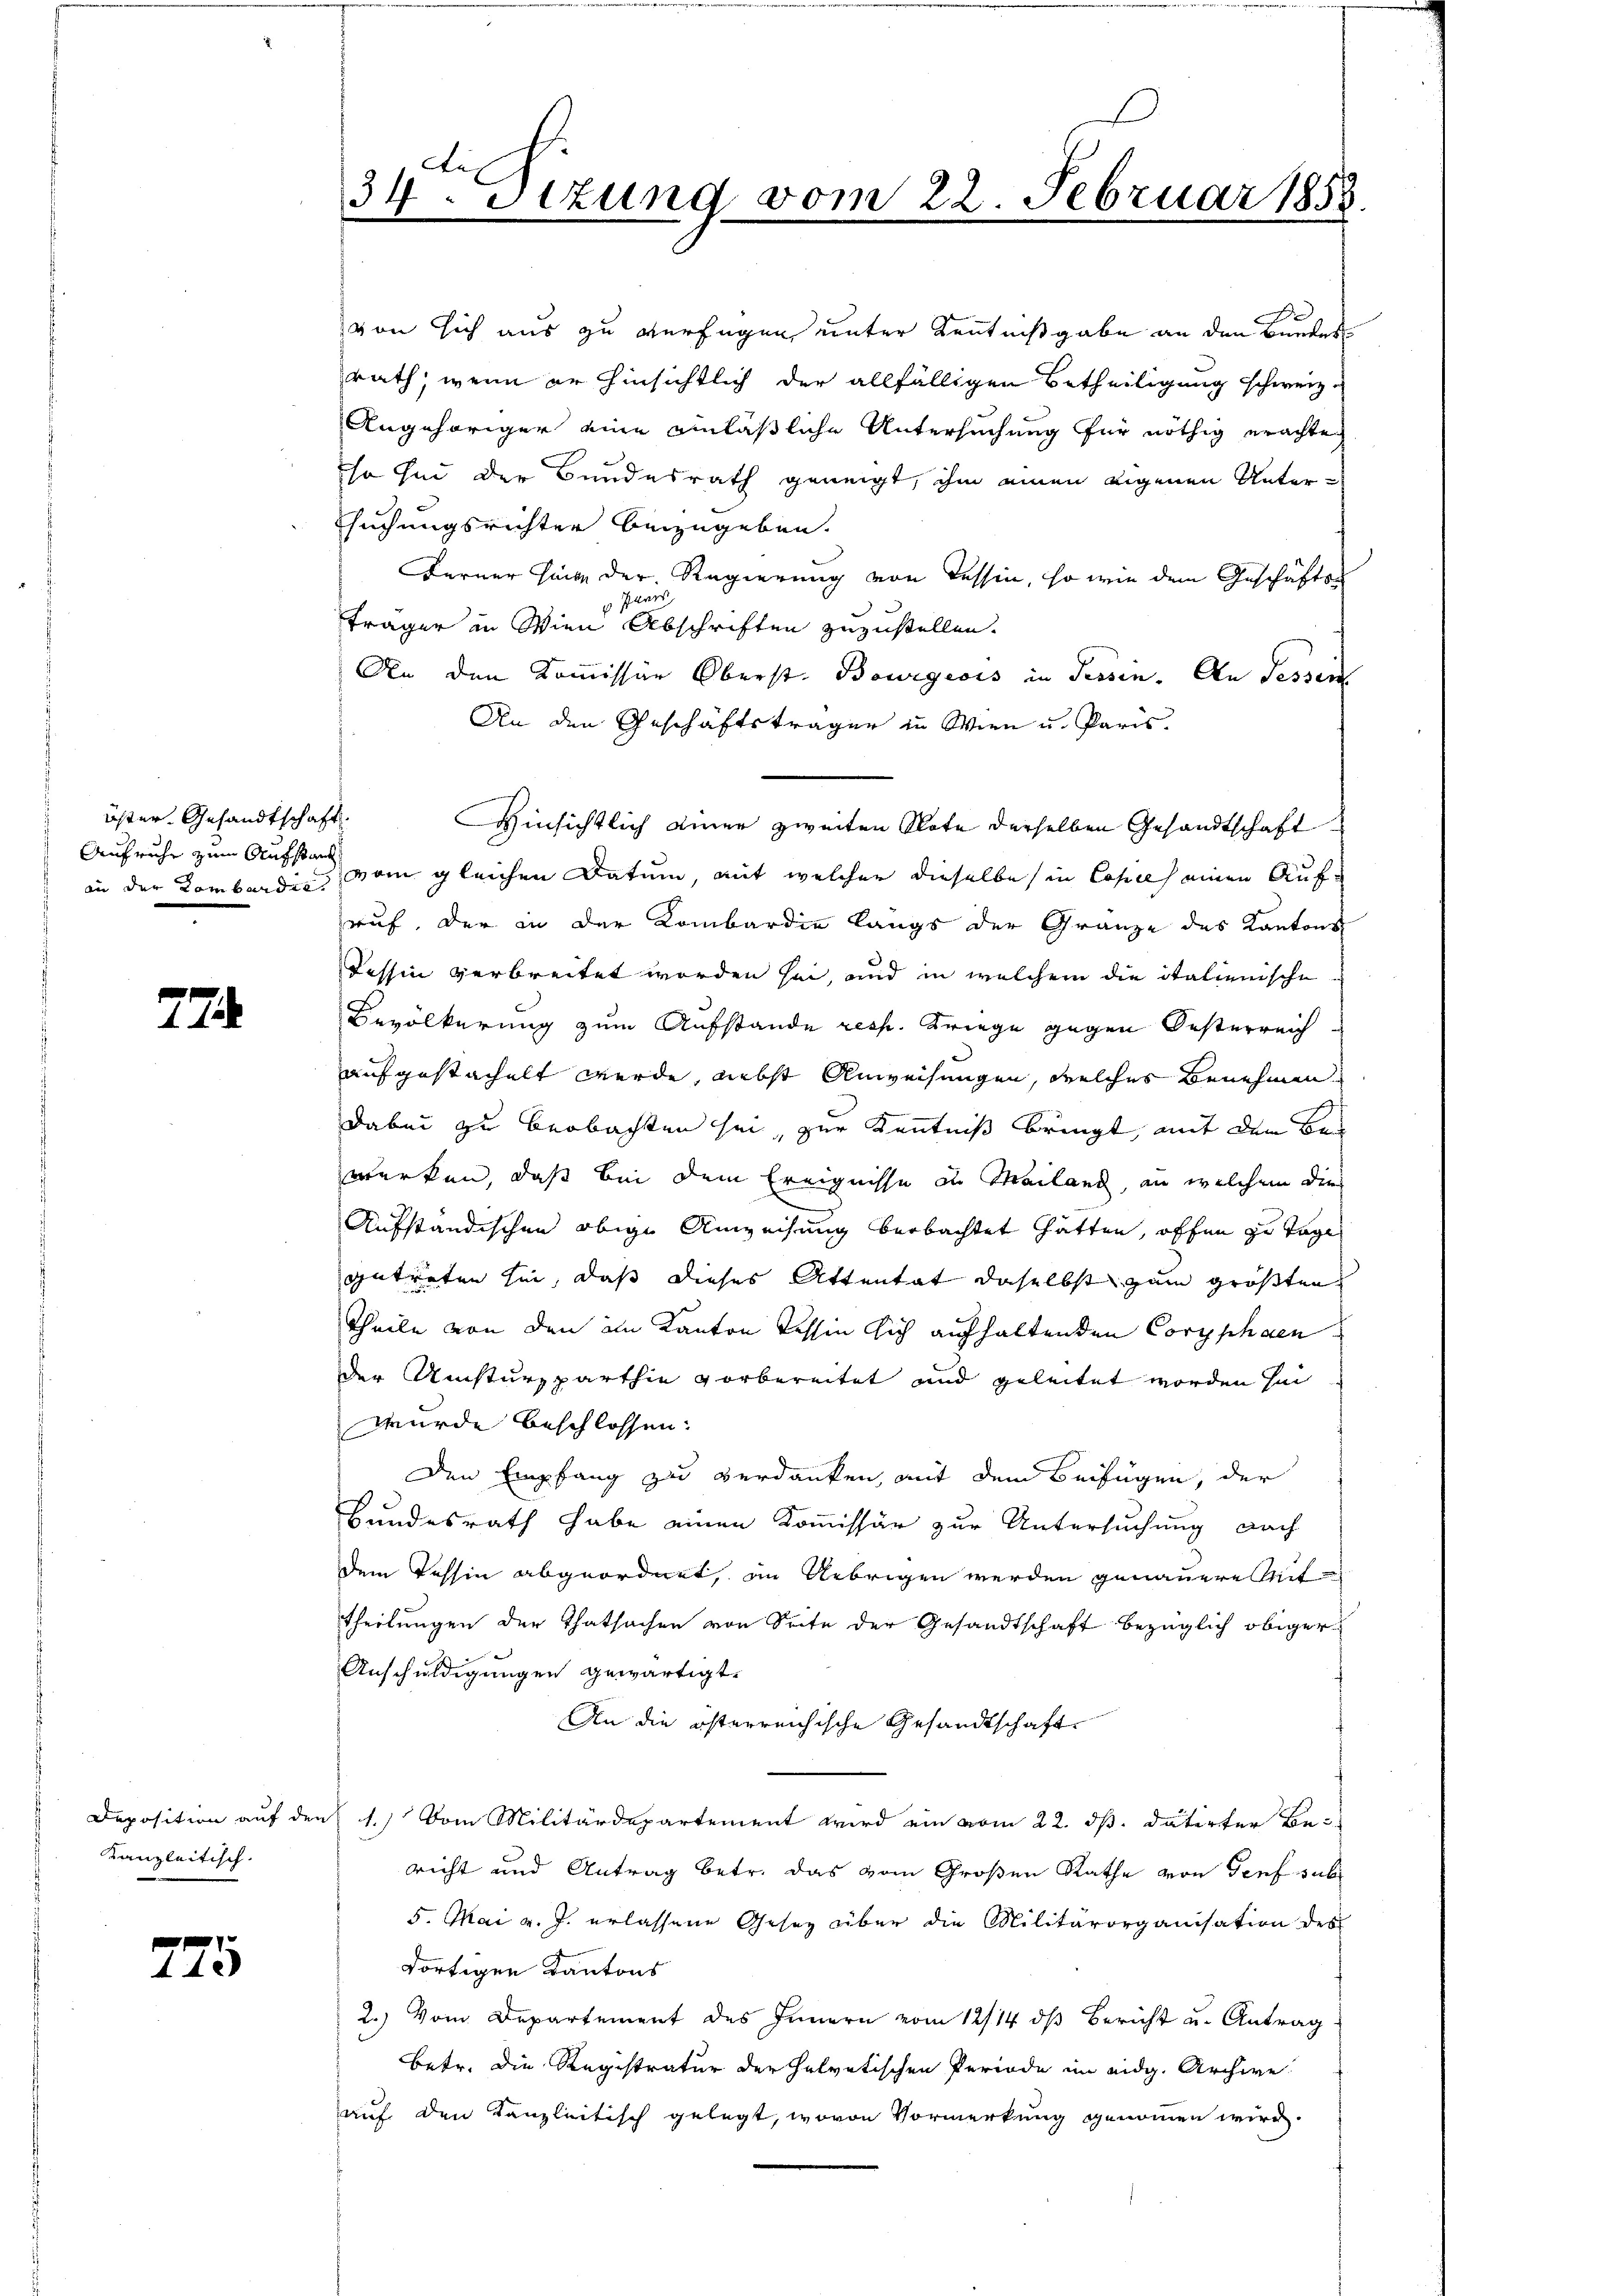
öster Gesandtschaft.
Aufruhe zum Aufstand
an der Lombardin

774

von sich aus zu verfügen unter Kenntnißgabe an den Bundes
rath, wenn er hinsichtlich der allfälligen Betheiligung schweiz
Angehöriger eine einläßliche Untersuchung für nöthig erachte
so sei der Bundesrath geneigt, ihm einen eigenen Unter¬
Esuchungsrichter beizugeben.
Ferner Hang der Regierung von Tessin, so wie dem Geschäfts¬
Paars
träger in Wien Abschriften zuzustellen.
An den Kommissär Oberst. Bourgeois in Tessen. An Fessen
An den Geschäftsträgen in Wien u. Paris.
Hinsichtlich einer zweiten Note derselben Gesandtschaft
vom gleichen Datum, mit welcher dieselbe in Copie einen Aufauf, der in der Kombardie langs der Gränze des Kantons
Tessin verbreitet worden sei, und in welchem die italienische
Bevölkerung zum Aufstande resp. Kriege gegen Oesterreich
aufgestachelt werde, nebst Anweisungen, welches Benehmen
Dabei zu beobachten sei, zur Kenntniß bringt, mit dem Bes
werken, daß bei dem Ereignisse die Mailand, an welchem dies
Aufständischen obige Anweisung beobachtet hätten, offen zu Tage
getreten sin, daß dieses Attentat daselbst zum größten
Theile von den im Kanton Tessin sich aufhaltenden Coryphaen
der Umsturzparthin vorbereitet und geleitet worden hin
wurde beschlossen:
Den Empfang zu verdanken, mit dem Beifügen, der
Bundesrath habe einen Kommissär zur Untersuchung nach
dem Tessin abgeordnet, in Uebrigen werden genauereit
theilungen der Thatsachen von Seite der Gesandtschaft bezüglich obiger
Anschuldigungen gewärtigt.
An die österreichische Gesandtschaft
Deposition auf den 1.) Vom Militärdepartement wird ein vom 22. ds. datirter Be-
richt und Antrag betr. das vom Großen Rathe von Genf sub
5. Mai v. J. erlassene Gesez über die Militärorganisation des
dortigen Kantons
2.) Vom Departement des Innern vom 12/14. ds Bericht u. Antrag
betr. die Registratur der Helvetischen Periode im eidg. Archive
auf den Kanzleitisch gelegt, wovon Vormerkung genommen wird.

Kanzleitisch.

775

.
34. Sizung vom 22. Februar 1858.